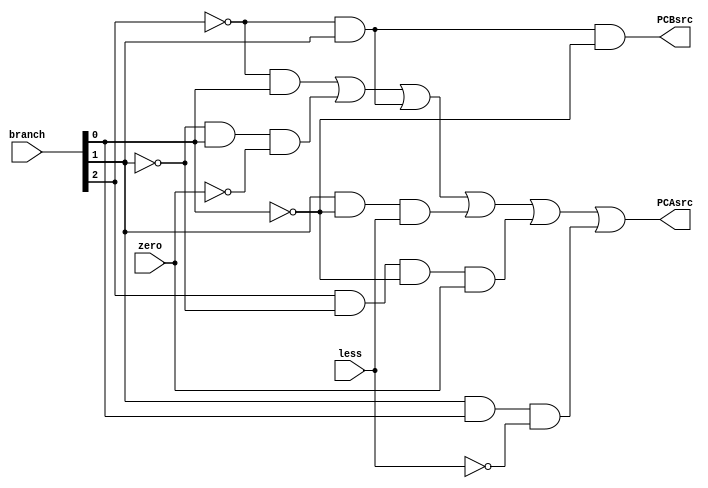
module BranchCond (
    input   [2:0]   branch,
    input           zero,
    input           less,
    output          PCAsrc,
    output          PCBsrc  
);

assign PCAsrc = (~branch[2] & branch[0]) | 
                (~branch[1] & branch[0] & ~zero) | 
                (~branch[2] & branch[1]) | 
                (branch[1] & ~branch[0] & less) | 
                (branch[2] & ~branch[1] & ~branch[0] & zero) | 
                (branch[1] & branch[0] & ~less);

assign PCBsrc = (~branch[2] & branch[1] & ~branch[0]);

endmodule